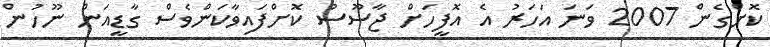
ކޮށްގެން 2007 ވަނަ އަހަރު އެ އޮފީހަށް ޖާސޫސު ކޮށްފައިވާކަންވެސް ގާޑީއަން ނޫހުން